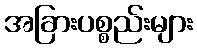
အခြားပစ္စည်းများ